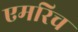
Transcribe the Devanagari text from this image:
एमरिच